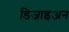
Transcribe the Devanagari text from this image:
डिजाइअन